Vaccination United Provinces of Agra and Oudh 1902-1913 - 1902-1913
Year: 1902
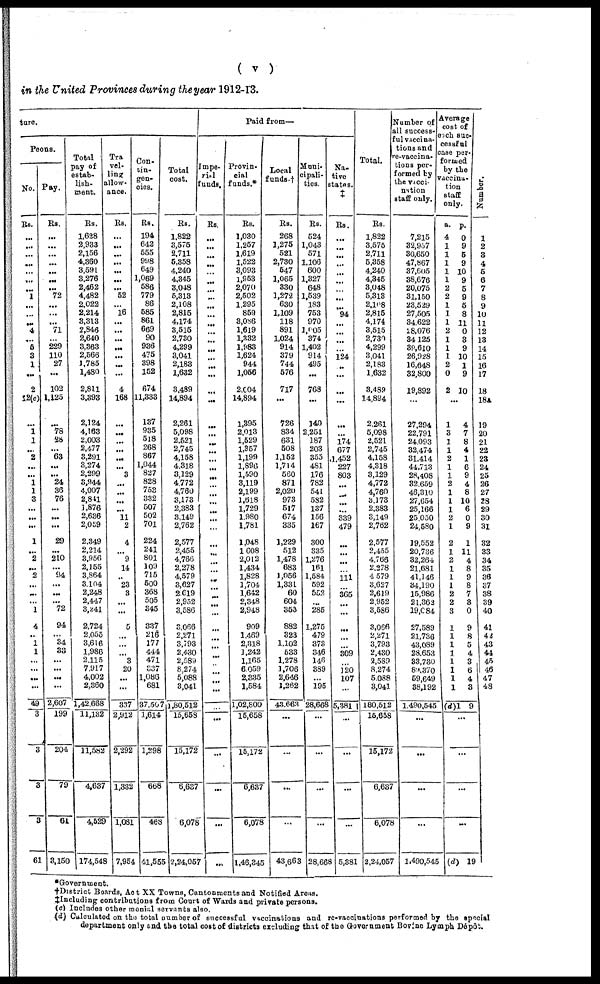
( v )
in the United Provinces during the year 1912-13.
ture.
Peons.
No.
Rs.
...
...
...
...
...
...
...
1
...
...
...
4
...
5
3
1
...
2
12(c)
...
1 1
...
2
...
...
1
1
3
...
...
...
1
...
2
...
2
...
...
...
1
4
...
1
1
...
...
...
...
49
3
3
3
3
61
Pay.
Rs.
...
...
...
...
...
...
...
72
...
...
...
71
...
229
110
27
...
102
1,125
...
78
28
...
63
...
...
24
36
76
...
...
...
29
...
210
...
94
...
...
...
72
94
...
34
33
...
...
...
...
2,607
199
204
79
61
3,150
Total
pay of
estab-
lish¬
ment.
Rs.
1,628
2,933
2,156
4,360
3,591
3,276
2,462
4,482
2,022
2,214
3,313
2,846
2,640
3,363
2,566
1,785
1,480
2,811
3,393
2,124
4,163
2,003
2,477
3,291
3,274
2,299
3,944
4,007
2,841
1,876
2,636
2,059
2,349
2,214
3,956
2,155
3,864
3,104
2,248
2,447
3,241
2,724
2,055
3,616
1,986
2,115
7,917
4,002
2,360
1,42,668
11,132
11,582
4,637
4,529
174,548
Tra
vel¬
ling
allow¬
ance.
Rs.
...
...
...
...
...
...
...
52
...
16
...
...
...
...
...
...
...
4
168
...
...
...
...
...
...
3
...
...
...
...
11
2
4
...
9
14
...
23
3
...
...
5
...
...
...
3
20
...
...
337
2,912
2,292
1,332
1,081
7,954
Con¬
tin¬
gen¬
cies.
Rs.
194
642
555
998
649
1,069
586
779
86
585
861
669
90
936
475
398
152
674
11,333
137
935
5l8
268
867
1,044
827
828
753
332
507
502
701
224
241
801
109
715
500
368
505
345
337
216
177
444
471
337
1,086
681
37,507
1,614
1,298
668
468
41,555
Total
cost.
Rs.
1,822
3,575
2,711
5,358
4,240
4,345
3,048
5,313
2,108
2,815
4,174
3,515
2,730
4,299
3,041
2,183
1,632
3,489
14,894
2,261
5,098
2,521
2,745
4,158
4,318
3,129
4,772
4,760
3,173
2,383
3,149
2,762
2,577
2,455
4,766
2,278
4,579
3,627
2,619
2,932
3,586
3,066
2,271
3,793
2,430
2,589
8,274
5,088
3,041
1,80,512
15,658
15,172
6,637
6,078
2,24,057
Paid from—
Impe-
ril
funds.
Rs.
...
...
...
...
...
...
...
...
...
...
...
...
...
...
...
...
...
...
...
...
...
...
...
...
...
...
...
...
...
...
...
...
...
...
...
...
...
...
...
...
...
...
...
...
...
...
...
...
...
...
...
...
...
...
Provin-
cial
funds.*
Rs.
1,030
1,257
1,619
1,522
3,093
1,953
2,070
2,502
1,295
859
8,086
1,619
1,332
1,983
1,624
944
1,056
2,004
14,894
1,395
2,013
1,529
1,357
1,199
1,896
1,590
3,119
2,199
1,618
1,729
1,980
1,781
1,048
1,608
2,012
1,434
1,828
1,704
1,642
2,348
2,948
909
1,469
2,318
1,242
1,105
6,059
2,335
1,584
1,02,800
15,658
15,172
6,637
6,078
1,46,345
Local
funds.†
Rs.
268
1,275
521
2,730
547
1,065
330
1,272
630
1,109
118
891
1,024
914
379
744
576
717
...
726
834
631
508
1,152
1,714
560
871
2,020
973
517
674
335
1,229
512
1,478
683
1,056
1,331
60
604
353
882
323
1,102
533
1,278
1,706
2,646
1,262
43,663
...
...
...
...
43,663
Muni¬
cipali¬
ties.
Rs.
524
1,043
571
1,106
600
1,327
648
1,539
183
753
970
1,005
374
1,402
914
495
...
768
...
140
2,251
187
203
355
481
176
782
541
582
137
156
167
300
335
1,276
161
1,584
592
552
...
285
1,275
479
373
346
146
389
...
195
28,668
...
...
...
...
28,668
Na-
-ive
states.
‡
Rs.
...
...
...
...
...
...
...
...
...
94
...
...
...
...
124
...
...
...
...
...
...
174
677
1,452
227
803
...
...
...
...
339
479
...
...
...
...
111
...
365
...
...
...
...
...
309
...
120
107
...
5,381
...
...
...
...
5,381
Total.
Rs.
1,822
3,575
2,711
5,358
4,240
4,345
3,048
5,313
2,108
2,815
4,174
3,515
2,730
4,299
3,041
2,183
1,632
3,489
14,894
2,261
5,098
2,521
2,745
4,158
4,318
3,129
4,772
4,760
3,173
2,383
3,149
2,762
2,577
2,455
4,766
2,278
4,579
3,627
2,619
2,952
3,586
3,066
2,271
3,793
2,430
2,589
8,274
5,088
3,041
180,512
15,658
15,172
6,637
6,078
2,24,057
Number of
all success¬
ful vaccina¬
tions and
re-vaccina¬
tions per¬
formed by
the vacci¬
nation
staff only.
7,215
32,957
30,650
47,867
37,605
38,676
20,075
31,150
23,529
27,505
34,622
28,076
34,125
39,610
26,928
16,648
32,800
19,892
...
27,294
22,791
24,093
32,474
31,414
44,713
28,408
32,659
46,310
27,654
25,166
25,050
24,580
19,552
20,736
32,264
21,681
41,146
34,190
15,986
21,363
19,084
27,589
21,736
43,089
28,653
33,730
89,370
59,649
38,192
1,490,545
...
...
...
...
1,490,545
Average
cost of
each suc-
cessful
case per-
formed
by the
vaccina¬
tion
staff
only.
a.
4
1
1
1
1
1
2
2
1
1
1
2
1
1
1
2
0
2
...
1
3
1
1
2
1
1
2
1
1
1
2
1
2
1
2
1
1
1
2
2
3
1
1
1
1
1
1
1
1
(d)1
p.
0
9
5
9
10
9
5
9
5
8
11
0
3
9
10
1
9
10
4
7
8
4
1
6
9
4
8
10
6
0
9
1
11
4
8
9
8
7
3
0
9
8
5
4
3
6
4
3
9
...
...
...
...
(d)
19
Number.
1
2
3
4
5
6
7
8
9
10
11
12
13
14
15
16
17
18
18A
19
20
21
22
23
24
25
26
27
28
29
30
31
32
33
34
35
36
37
38
39
40
41
42
43
44
45
46
47
48
*Government.
†District Boards, Act XX Towns, Cantonments and Notified Areas.
‡Including contributions from Court of Wards and private persons.
(c) Includes other monial servants also.
(d) Calculated on the total Number of successful vaccinations and re-vaccinations performed by the special
department only and the total cost of districts excluding that of the Government Bovine Lymph Dépôt.